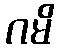
ဂမိ